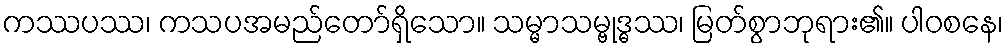
ကဿပဿ၊ ကသပအမည်တော်ရှိသော။ သမ္မာသမ္ဗုဒ္ဓဿ၊ မြတ်စွာဘုရား၏။ ပါဝစနေ၊